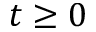
t \geq 0